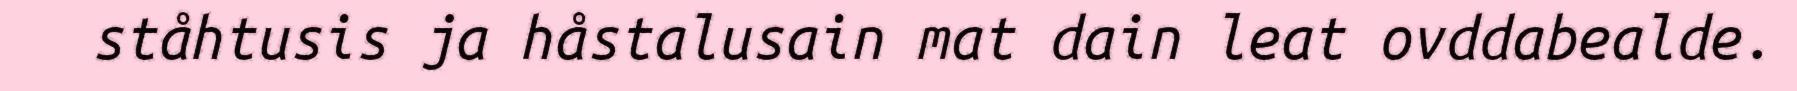
ståhtusis ja håstalusain mat dain leat ovddabealde.